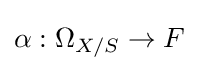
\alpha :\Omega _{X/S}\to F